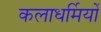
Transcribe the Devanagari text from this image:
कलाधर्मियों